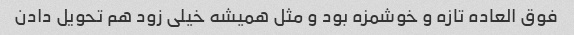
فوق العاده تازه و خوشمزه بود و مثل همیشه خیلی زود هم تحویل دادن